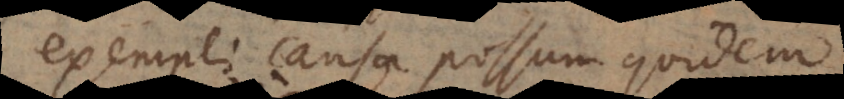
exempli causa possum quidem